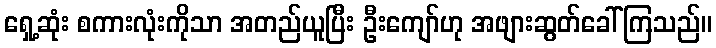
ရှေ့ဆုံး စကားလုံးကိုသာ အတည်ယူပြီး ဦးကျော်ဟု အဖျားဆွတ်ခေါ်ကြသည်။